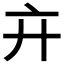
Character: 𢌮